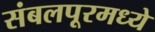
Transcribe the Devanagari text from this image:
संबलपूरमध्ये